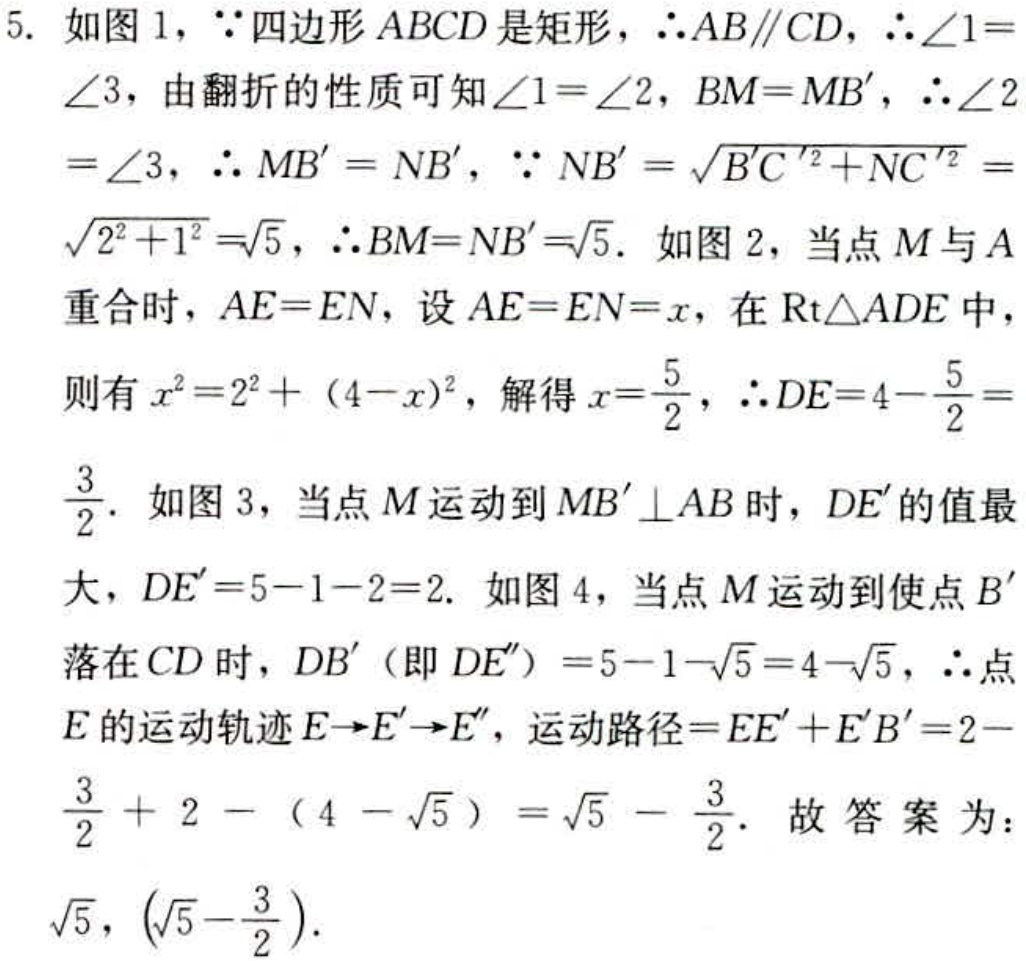
5. 如图1，$\because$四边形$ABCD$是矩形，$\therefore AB\parallel CD$，$\therefore\angle1 = \angle3$，由翻折的性质可知$\angle1=\angle2$，$BM = MB'$，$\therefore\angle2=\angle3$，$\therefore MB' = NB'$，$\because NB'=\sqrt{B'C'^{2}+NC'^{2}}=\sqrt{2^{2}+1^{2}}=\sqrt{5}$，$\therefore BM = NB'=\sqrt{5}$. 如图2，当点$M$与$A$重合时，$AE = EN$，设$AE = EN = x$，在$\text{Rt}\triangle ADE$中，则有$x^{2}=2^{2}+(4 - x)^{2}$，解得$x=\frac{5}{2}$，$\therefore DE = 4-\frac{5}{2}=\frac{3}{2}$. 如图3，当点$M$运动到$MB'\perp AB$时，$DE'$的值最大，$DE' = 5 - 1 - 2 = 2$. 如图4，当点$M$运动到使点$B'$落在$CD$时，$DB'$（即$DE''$）$=5 - 1-\sqrt{5}=4-\sqrt{5}$，$\therefore$点$E$的运动轨迹$E\rightarrow E'\rightarrow E''$，运动路径$=EE'+E'B'=2-\frac{3}{2}+2-(4 - \sqrt{5})=\sqrt{5}-\frac{3}{2}$. 故答案为：$\sqrt{5},(\sqrt{5}-\frac{3}{2})$.